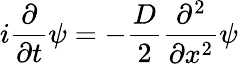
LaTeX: i\frac{\partial}{\partial t}\psi=-\frac{D}{2}\frac{\partial^{2}}{\partial x^{2}}\psi